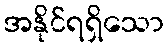
အနိုင်ရရှိသော